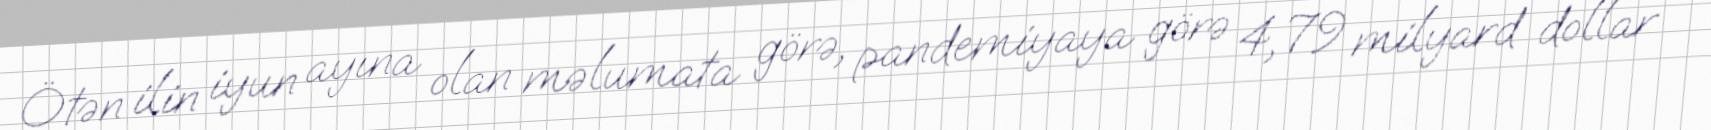
Ötən ilin iyun ayına olan məlumata görə, pandemiyaya görə 4,79 milyard dollar